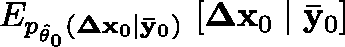
\mathbb { E } _ { p _ { \hat { \theta } _ { 0 } } ( \mathbf { \Delta x } _ { 0 } \mid \mathbf { \bar { y } } _ { 0 } ) } \, \left[ \mathbf { \Delta x } _ { 0 } \mid \mathbf { \bar { y } } _ { 0 } \right]